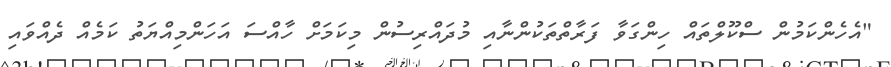
"އެހެންކަމުން ސްކޫލްތައް ހިންގަވާ ފަރާތްތަކުންނާއި މުދައްރިސުން މިކަމަށް ހާއްސަ އަހަންމިއްޔަތު ކަމެއް ދެއްވައި